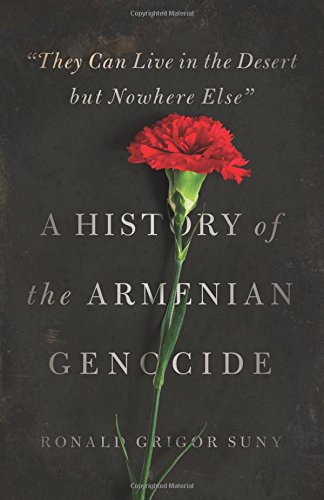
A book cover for "They Can Live in the Desert but Nowhere Else": A History of the Armenian Genocide (Human Rights and Crimes against Humanity); Ronald Grigor Suny; History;